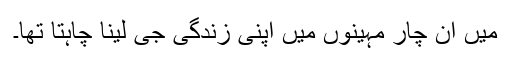
میں ان چار مہینوں میں اپنی زندگی جی لینا چاہتا تھا۔